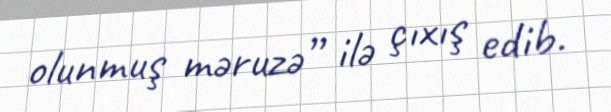
olunmuş məruzə” ilə çıxış edib.